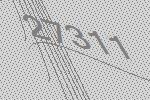
27311